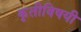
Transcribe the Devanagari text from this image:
कृतीविषयी